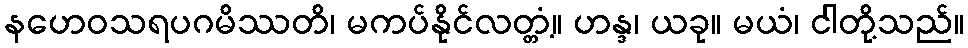
နဟေဝသရပဂမိဿတိ၊ မကပ်နိုင်လတ္တံ့။ ဟန္ဒ၊ ယခု။ မယံ၊ ငါတို့သည်။